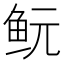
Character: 𱇐